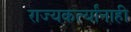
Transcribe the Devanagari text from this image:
राज्यकर्त्यांनाही